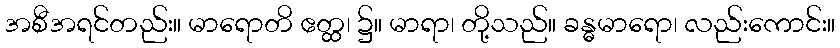
အစီအရင်တည်း။ မာရောတိ ဧတ္ထ၊ ၌။ မာရာ၊ တို့သည်။ ခန္ဓမာရော၊ လည်းကောင်း။